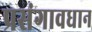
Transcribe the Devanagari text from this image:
प्रसंगावधान